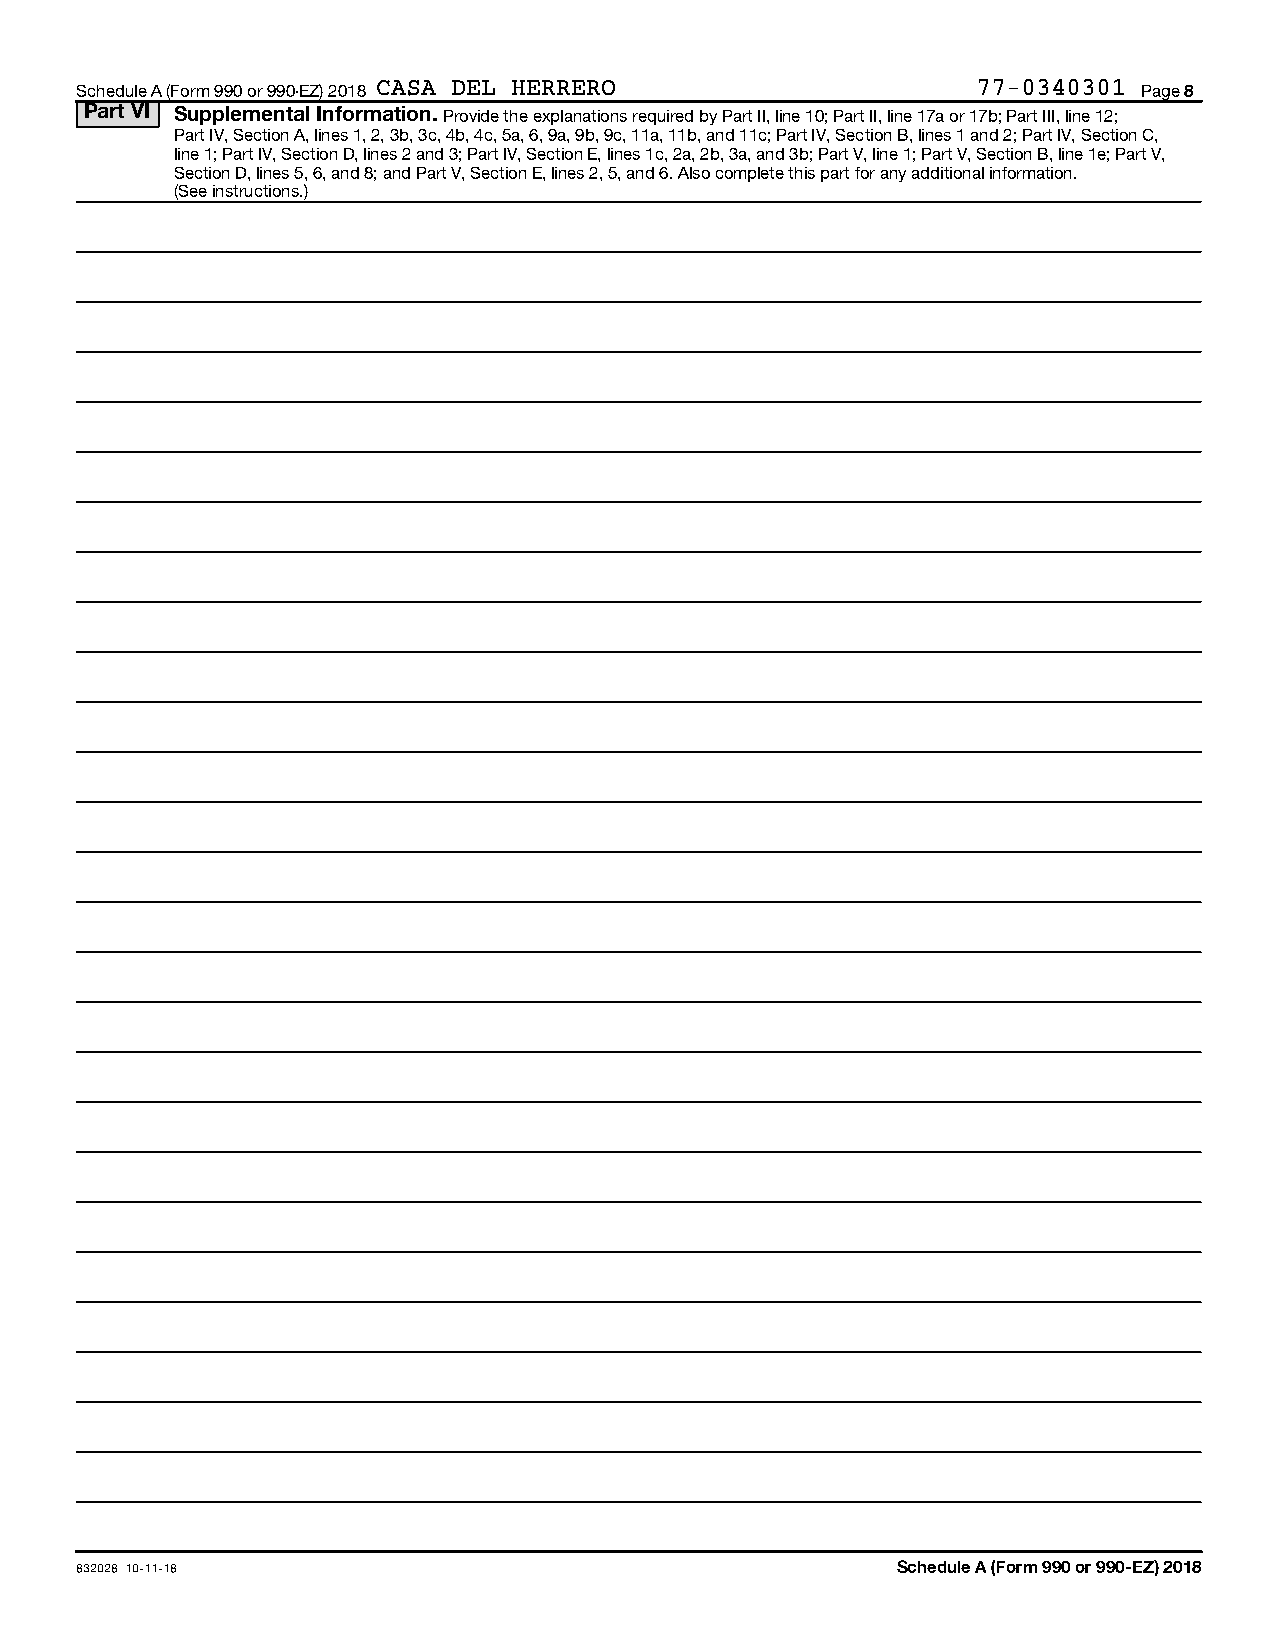
Schedule A (Form 990 or 990-EZ) 2018 CASA DEL HERRERO       77-0340301 Page 8
 Part VI Supplemental Information. Provide the explanations required by Part II, line 10; Part II, line 17a or 17b; Part III, line 12;
 Part IV, Section A, lines 1, 2, 3b, 3c, 4b, 4c, 5a, 6, 9a, 9b, 9c, 11a, 11b, and 11c; Part IV, Section B, lines 1 and 2; Part IV, Section C,
 line 1; Part IV, Section D, lines 2 and 3; Part IV, Section E, lines 1c, 2a, 2b, 3a, and 3b; Part V, line 1; Part V, Section B, line 1e; Part V,
 Section D, lines 5, 6, and 8; and Part V, Section E, lines 2, 5, and 6. Also complete this part for any additional information.
 (See instructions.)
 832028 10-11-18                                       Schedule A (Form 990 or 990-EZ) 2018